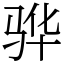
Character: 骅